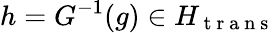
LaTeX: h=G^{-1}(g)\in H_{\mathrm{~t~r~a~n~s~}}